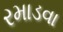
રમાડવા